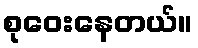
စုဝေးနေတယ်။